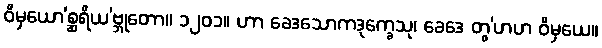
ဝိမှယော’စ္ဆရိယ’ဗ္ဘုတော။ ၁၂၀၁။ ဟာ ခေဒသောကဒုက္ခေသု၊ ခေဒေ တွ’ဟဟ ဝိမှယေ။